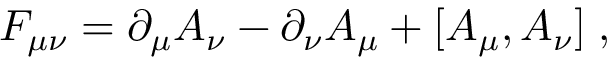
F _ { \mu \nu } = \partial _ { \mu } A _ { \nu } - \partial _ { \nu } A _ { \mu } + [ A _ { \mu } , A _ { \nu } ] \; ,